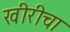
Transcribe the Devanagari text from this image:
खीरीचा